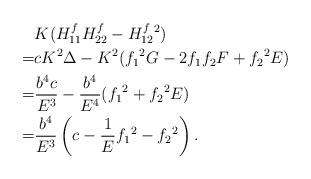
LaTeX: \begin{align*}& K(H_{11}^fH_{22}^f-H_{12}^f{}^2) \\= & cK^2\Delta - K^2 (f_1{}^2G-2f_1f_2F+f_2{}^2E) \\= & \frac{b^4c}{E^3}-\frac{b^4}{E^4}(f_1{}^2+f_2{}^2E) \\= & \frac{b^4}{E^3} \left( c-\frac{1}{E}f_1{}^2-f_2{}^2 \right).\end{align*}